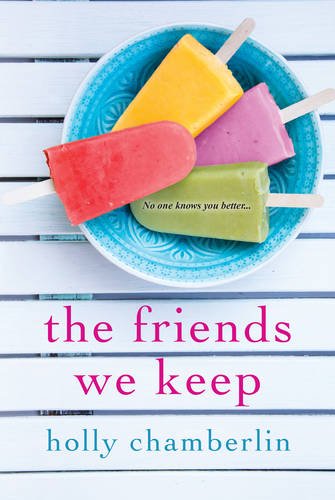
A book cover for The Friends We Keep; Holly Chamberlin; Literature & Fiction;